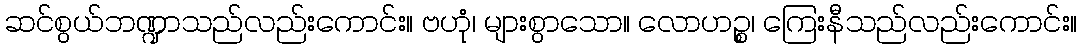
ဆင်စွယ်ဘဏ္ဍာသည်လည်းကောင်း။ ဗဟုံ၊ များစွာသော။ လောဟဉ္စ၊ ကြေးနီသည်လည်းကောင်း။